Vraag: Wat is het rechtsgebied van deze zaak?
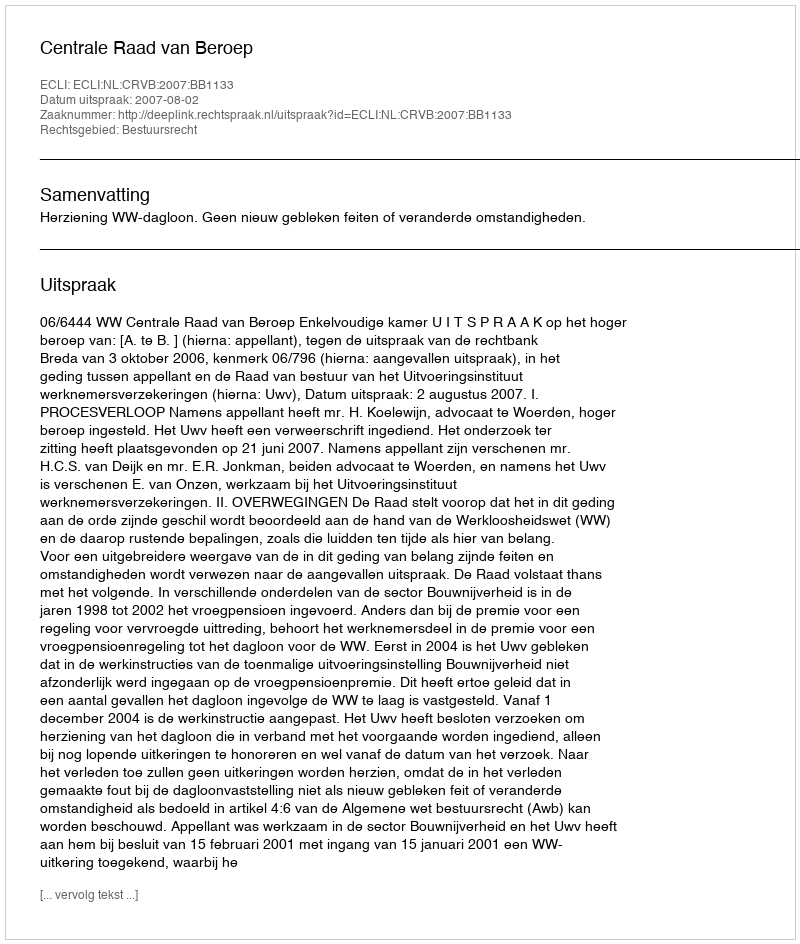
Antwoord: Bestuursrecht